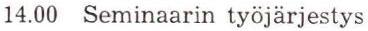
14.00 Seminaarin työjärjestys